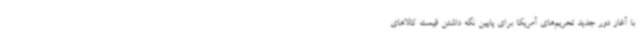
با آغاز دور جدید تحریم‌های آمریکا برای پایین نگه داشتن قیمت کالاهای